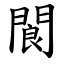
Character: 閬